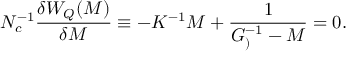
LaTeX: N _ { c } ^ { - 1 } { \frac { \delta W _ { Q } ( { \cal M } ) } { \delta { \cal M } } } \equiv - K ^ { - 1 } { \cal M } + { \frac { 1 } { G _ { ) } ^ { - 1 } - { \cal M } } } = 0 .